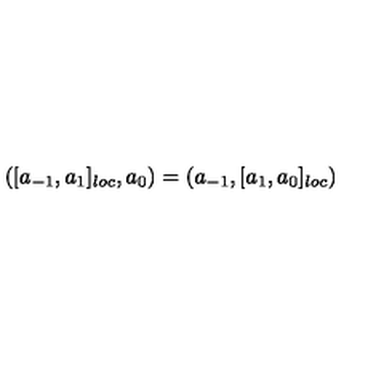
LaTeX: ( [ a _ { - 1 } , a _ { 1 } ] _ { l o c } , a _ { 0 } ) = ( a _ { - 1 } , [ a _ { 1 } , a _ { 0 } ] _ { l o c } )